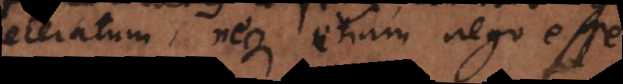
sceleratum, neque etiam nego esse